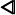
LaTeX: \pmb{\triangleleft}